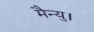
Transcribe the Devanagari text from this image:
मैन्यु।